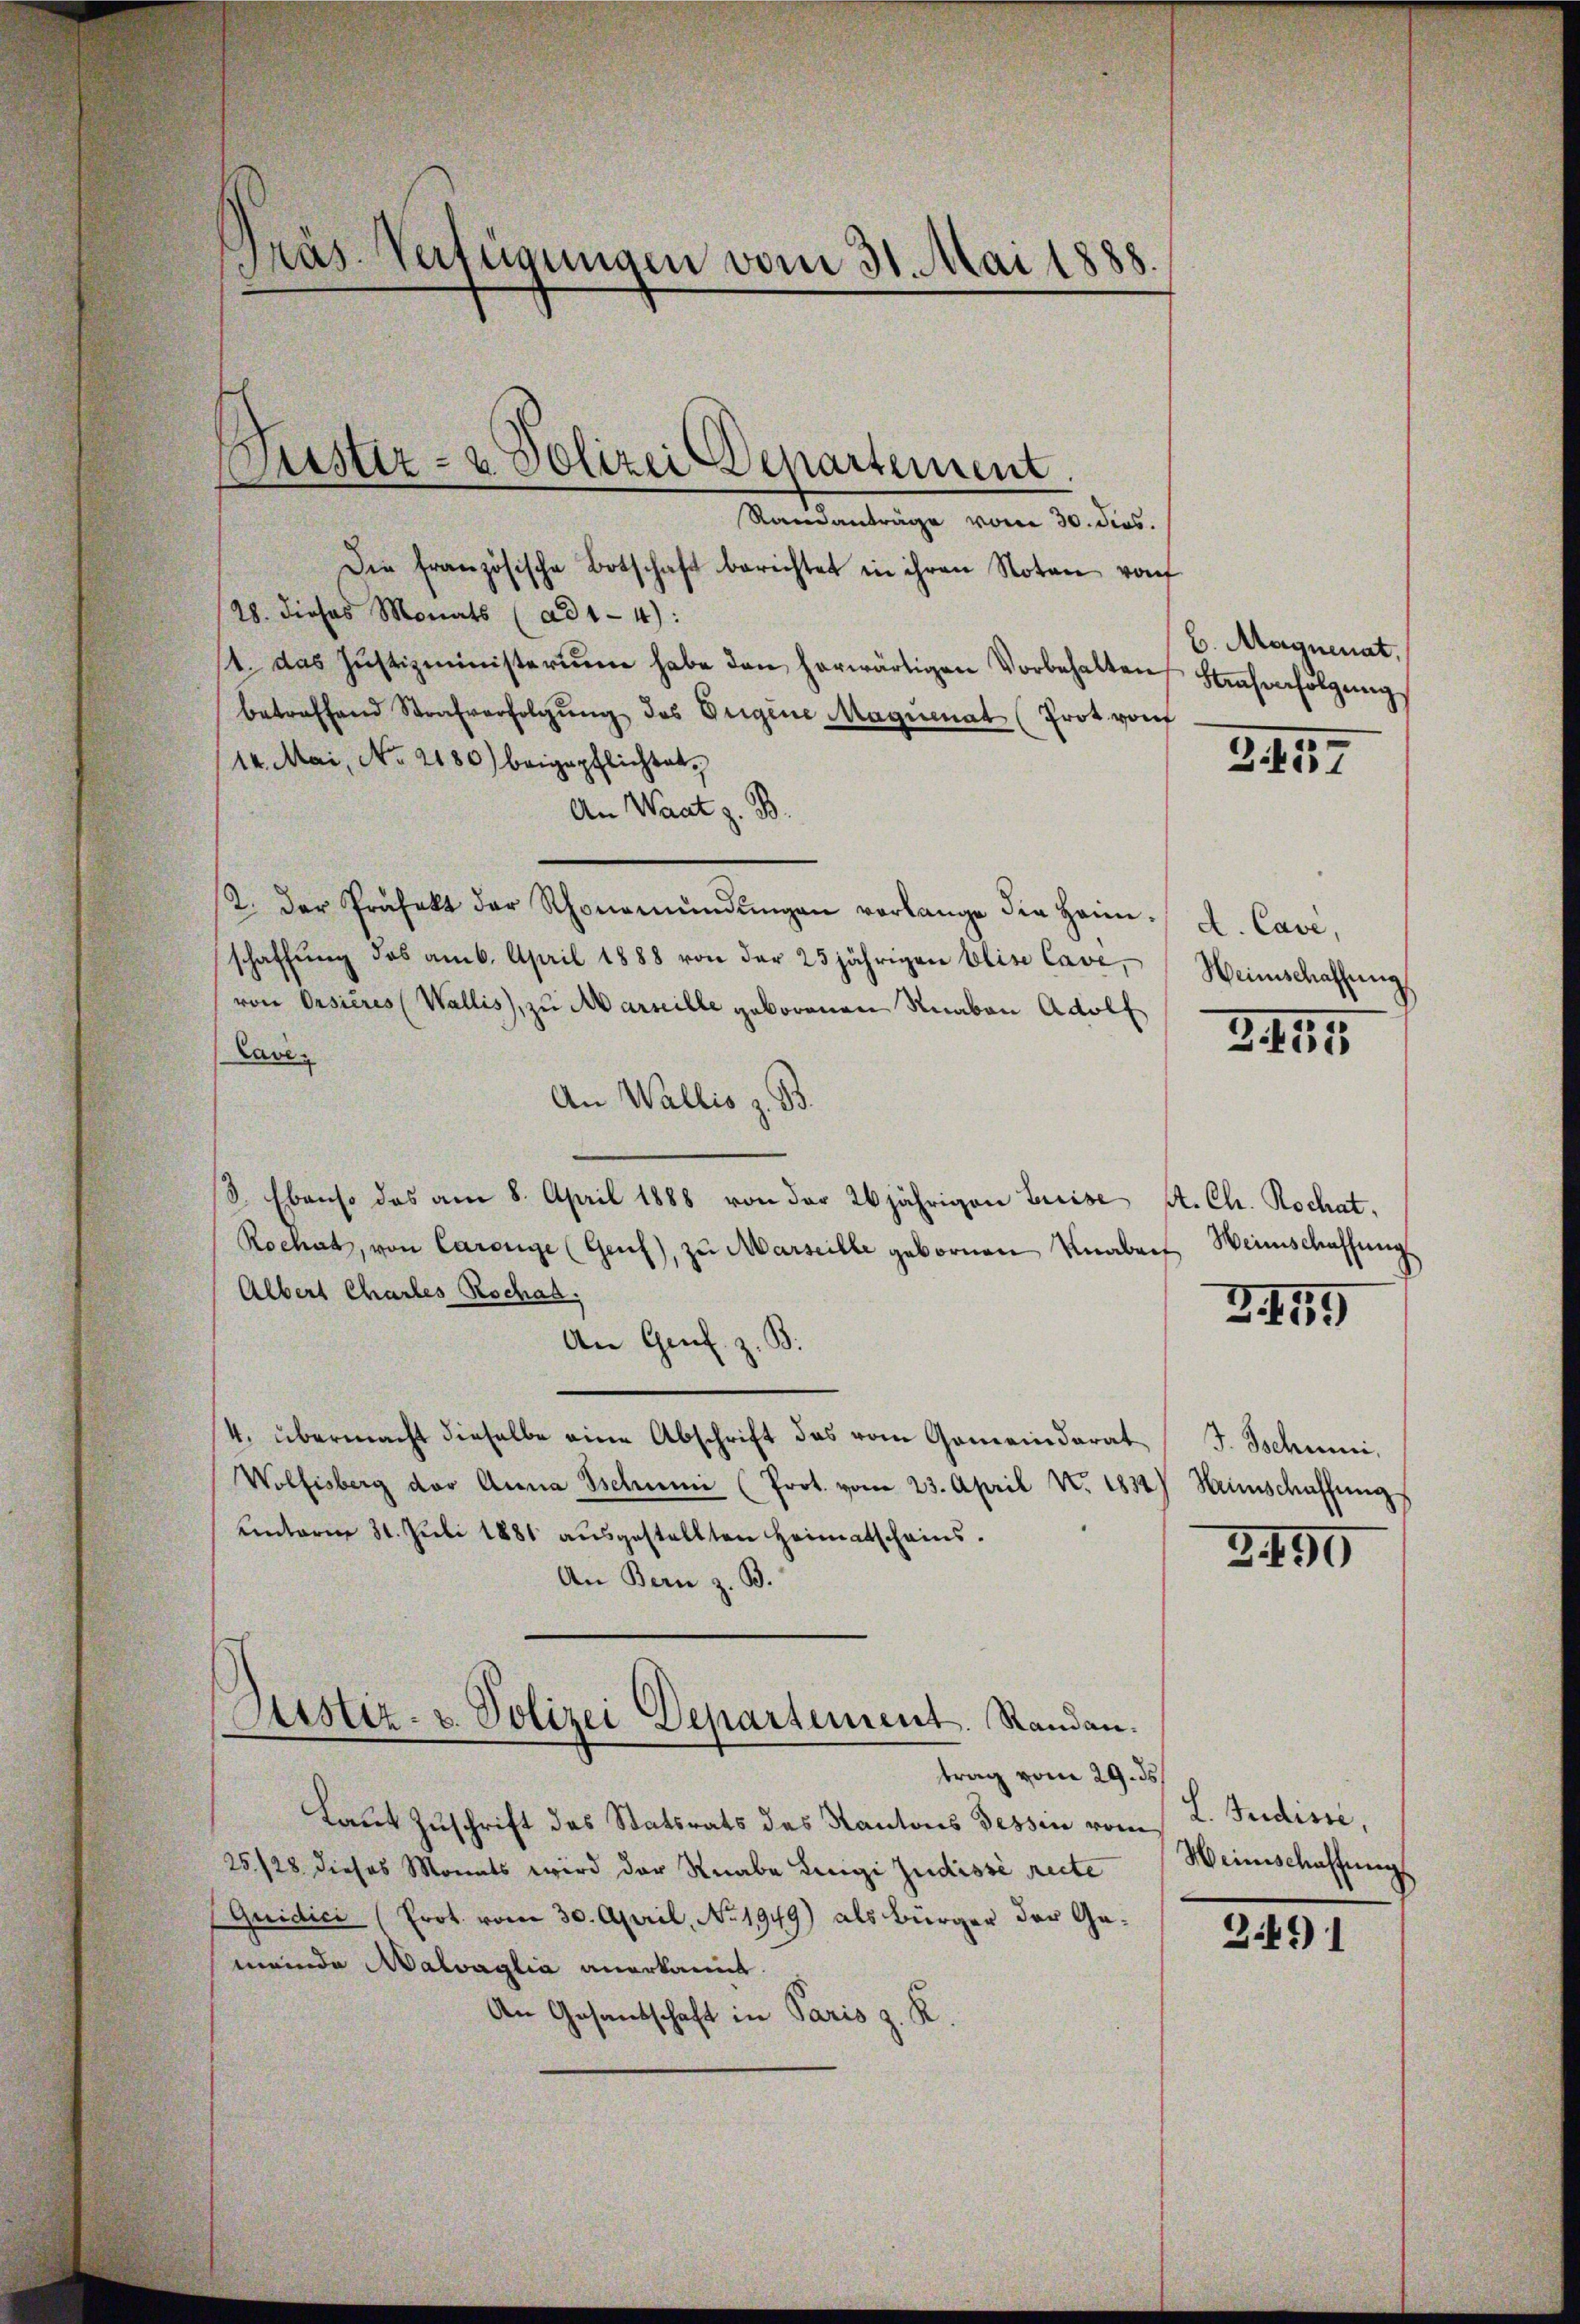
Präs. Verfügungen vom 31. Mai 1888.

Randanträge vom 30. Jos.
Die französische Botschaft berichtet in ihren Noten von
(28. dieses Monats (ad 1-4):
/4. das Justizministerium habe dann herwärtigen Vorbehalten
betreffend Strafverfolgŭng des Eigene Magionat (Prot von
(14. Mai, No 2180) beigepflichtet,
An Waat z. B.
2. Der Präfekt der Schönemündŭngen verlange die Heim-
schaffung des am 6. April 1888 von der 25 jährigen blise Cave,
von Orsières (Wallis, zu Marseille geborenen Knaben Adolf
Lave
An Wallis z. B.
8. Ebenso das am 8. April 1888 von der 20jährigen Luise St. Ch. Rochat,
Rochat, von Carenge (Genf), zŭ Marseille gebornen Knaben Weinschaffungs
Albert Chartes Reschad
An Genf z. B.
4. übermacht dieselbe eine Abschrift das vom Gemeindarat
Wolfisberg der Anna Schumi (Prot. vom 23. April v. 1832) Hinschaffŭng
unterm 31. Juli 1881 ausgestellten Heimatscheins¬
An Bern z. B.
Justiz- u. Polizei Departement. Randantrag vom 29. ds
Laut Zuschrift des Statsrats des Kantons Tessin vom L. Judisse,
25/28 dieses Monats wird der Knabe Liegi Judisse recte
(Quidici (Prot. vom 30. April, No. 1949) als Bürger der Gameinde Malvaglia anerkannt.
An Gesandschaft in Paris z. R.

Justiz- & Polizei Departement.

b. Magnerat.
Frasenfolgung

G. 157

d. Cave,
Heinschaffung

3. 154

Z. 179

J. Schumni

3499

Weinschaffungs

3.49) 1